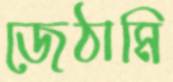
জেঠামি